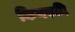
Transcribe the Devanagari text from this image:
किनस्की